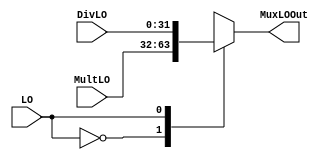
module MuxLO (
    input wire[31:0] MultLO,
    input wire [31:0] DivLO,
    input wire LO,
	output reg[31:0] MuxLOOut
);
always @(*) begin
	case(LO)
		1'b0:
			MuxLOOut <= MultLO;
		1'b1:
			MuxLOOut <= DivLO;
	endcase
end
endmodule